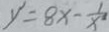
y ^ { \prime } = 8 x - \frac { 1 } { x ^ { 2 } }